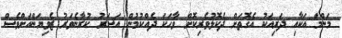
މަންމަ އަކާއި ދަރިއަކު އެގޮތަށް ދެކޮޅުވެރިކޮށް ވާހަކަ ދެއްކުމުން އަސަރު ކުރާނެވަރު ޒެވިޔަންއަށްވެސް